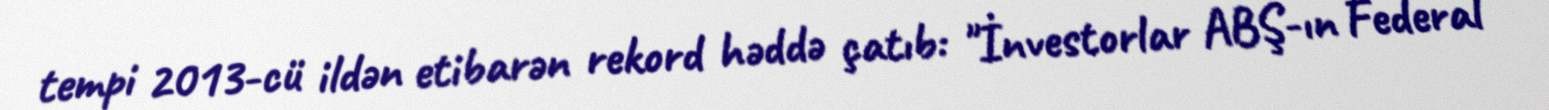
tempi 2013-cü ildən etibarən rekord həddə çatıb: "İnvestorlar ABŞ-ın Federal